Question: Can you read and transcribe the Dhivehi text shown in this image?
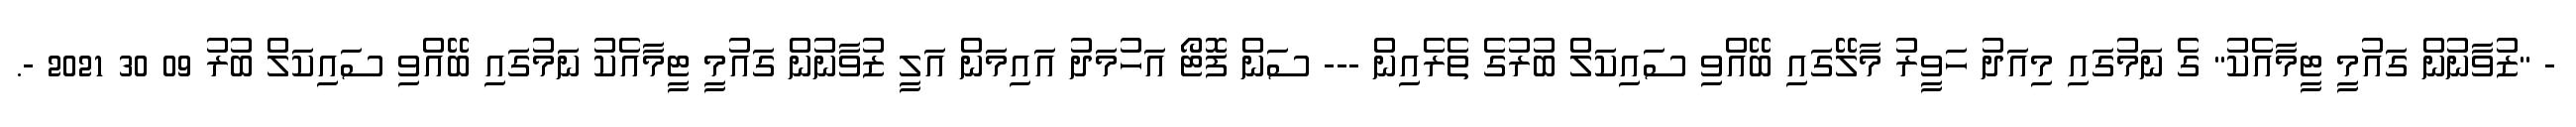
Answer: - "ޒުވާނުން ގައުމީ ޓީމާއެކު" ގެ ނަމުގައި މިއަދު ހަވީރު މާލޭގައި ބޭއްވި ސައިކަލް ބުރުގެ ތެރެއިން --- ސަން ފޮޓޯ އަހުމަދު އައިމަން އަލީ ޒުވާނުން ގައުމީ ޓީމާއެކު ނަމުގައި ބޭއްވި ސައިކަލް ބުރު 09 30 2021 -.